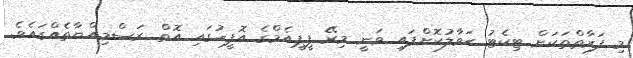
މި ފަރާތްތަކަށް ޓިކެޓު ޙަވާލުކޮށްފައި ވަނީ މިރޭ ޕީޕީއެމްގެ އޮފީހުގައި އޮތް ރަސްމިއްޔާތެއްގައެވެ.